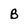
Character: B